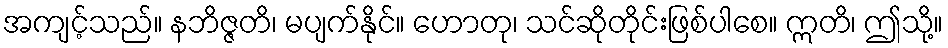
အကျင့်သည်။ နဘိဇ္ဇတိ၊ မပျက်နိုင်။ ဟောတု၊ သင်ဆိုတိုင်းဖြစ်ပါစေ။ ဣတိ၊ ဤသို့။